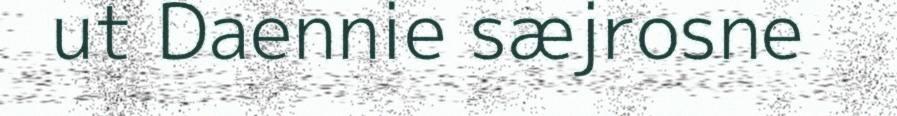
ut Daennie sæjrosne